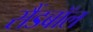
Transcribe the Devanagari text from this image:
सैंडबॉल